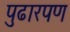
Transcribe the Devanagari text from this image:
पुढारपण